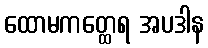
ထောမကတ္ထေရ အပဒါန